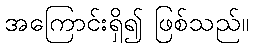
အကြောင်းရှိ၍ ဖြစ်သည်။